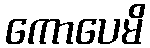
ကောပေမိ